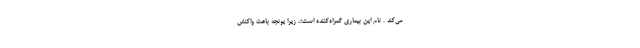
می‌کند . نام‌ این‌ بیماری‌ گمراه‌کننده‌ است؛، زیرا یونجه‌ باعث‌ واکنش‌